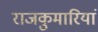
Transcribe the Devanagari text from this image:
राजकुमारियां